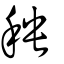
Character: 秧